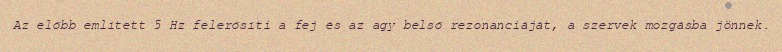
Az előbb említett 5 Hz felerősíti a fej és az agy belső rezonanciáját, a szervek mozgásba jönnek.